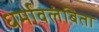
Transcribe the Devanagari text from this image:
धर्मावलंबिता